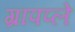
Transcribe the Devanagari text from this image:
ग्रापप्ले